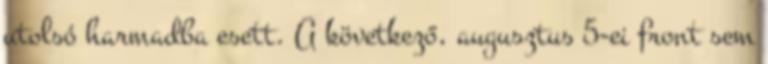
utolsó harmadba esett. A következő, augusztus 5-ei front sem